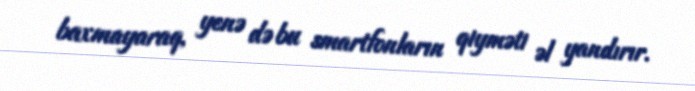
baxmayaraq, yenə də bu smartfonların qiyməti əl yandırır.